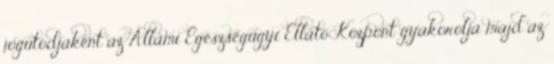
jogutódjaként az Állami Egészségügyi Ellátó Központ gyakorolja majd az